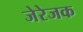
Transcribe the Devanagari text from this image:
जेरेजक